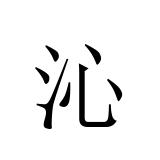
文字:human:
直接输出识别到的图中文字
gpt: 沁